Lunatic asylums Central Provinces reports 1874-1885 - 1874-1885
Year: 1874
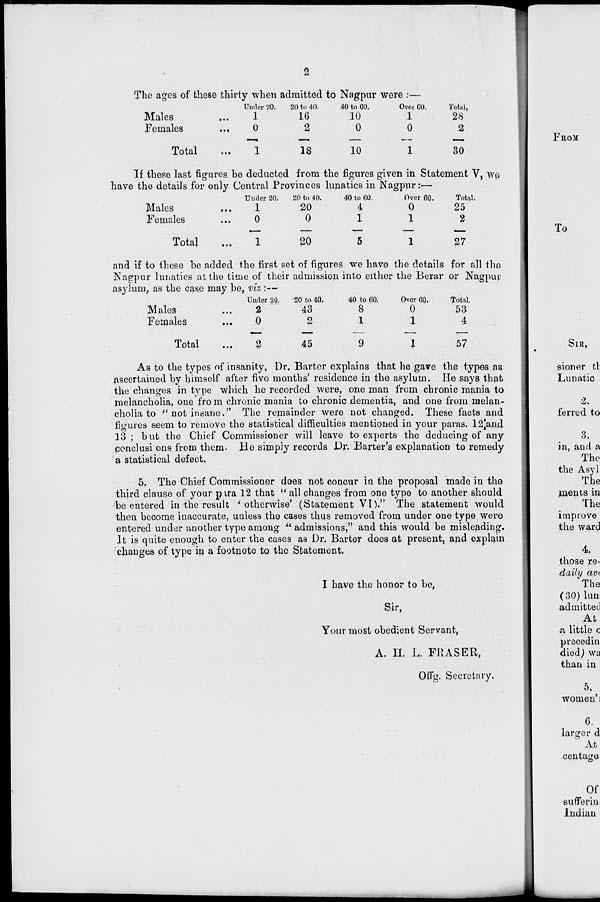
2
The ages of these thirty when admitted to Nagpur were :—
Males ...
Females ...
Total ...
Under 20.
1
0
1
20 to 40.
16
2
18
40 to 60.
10
0
10
Over 60.
1
0
1
Total,
28
2
30
If these last figures be deducted from the figures given in Statement V, we
have the details for only Central Provinces lunatics in Nagpur:—
Males ...
Females ...
Total ...
Under 20.
1
0
1
20 to 40.
20
0
20
40 to 60.
4
1
5
Over 60.
0
1
1
Total.
25
2
27
and if to these be added the first set of figures we have the details for all the
Nagpur lunatics at the time of their admission into either the Berar or Nagpur
asylum, as the case may be, viz :—
Males ...
Females ...
Total ...
Under 20.
2
0
2
20 to 40.
43
2
45
40 to 60.
8
1
9
Over 60.
0
1
1
Total.
53
4
57
As to the types of insanity, Dr. Barter explains that he gave the types as
ascertained by himself after five months' residence in the asylum. He says that
the changes in type which he recorded were, one man from chronic mania to
melancholia, one fro m chronic mania to chronic dementia, and one from melan-
cholia to " not insane." The remainder were not changed. These facts and
figures seem to remove the statistical difficulties mentioned in your paras. 12 and
13; but the Chief Commissioner will leave to experts the deducing of any
conclusions from them. He simply records Dr. Barter's explanation to remedy
a statistical defect.
5. The Chief Commissioner does not concur in the proposal made in the
third clause of your para 12 that " all changes from one type to another should
be entered in the result ' otherwise' (Statement VI)." The statement would
then become inaccurate, unless the cases thus removed from under one type were
entered under another type among " admissions," and this would be misleading.
It is quite enough to enter the cases as Dr. Barter does at present, and explain
changes of type in a footnote to the Statement.
I have the honor to be,
Sir,
Your most obedient Servant,
A. H. L. FRASER,
Offg. Secretary.